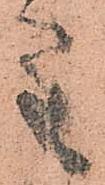
主